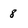
Character: 8